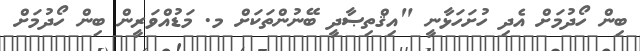
ބިން ހޯދުމަށް އެދި ހުށަހަޅާނީ "އިޤްތިޞާދީ ބޭނުންތަކަށް މ. މަޑުއްވަރީން ބިން ހޯދުމަށް